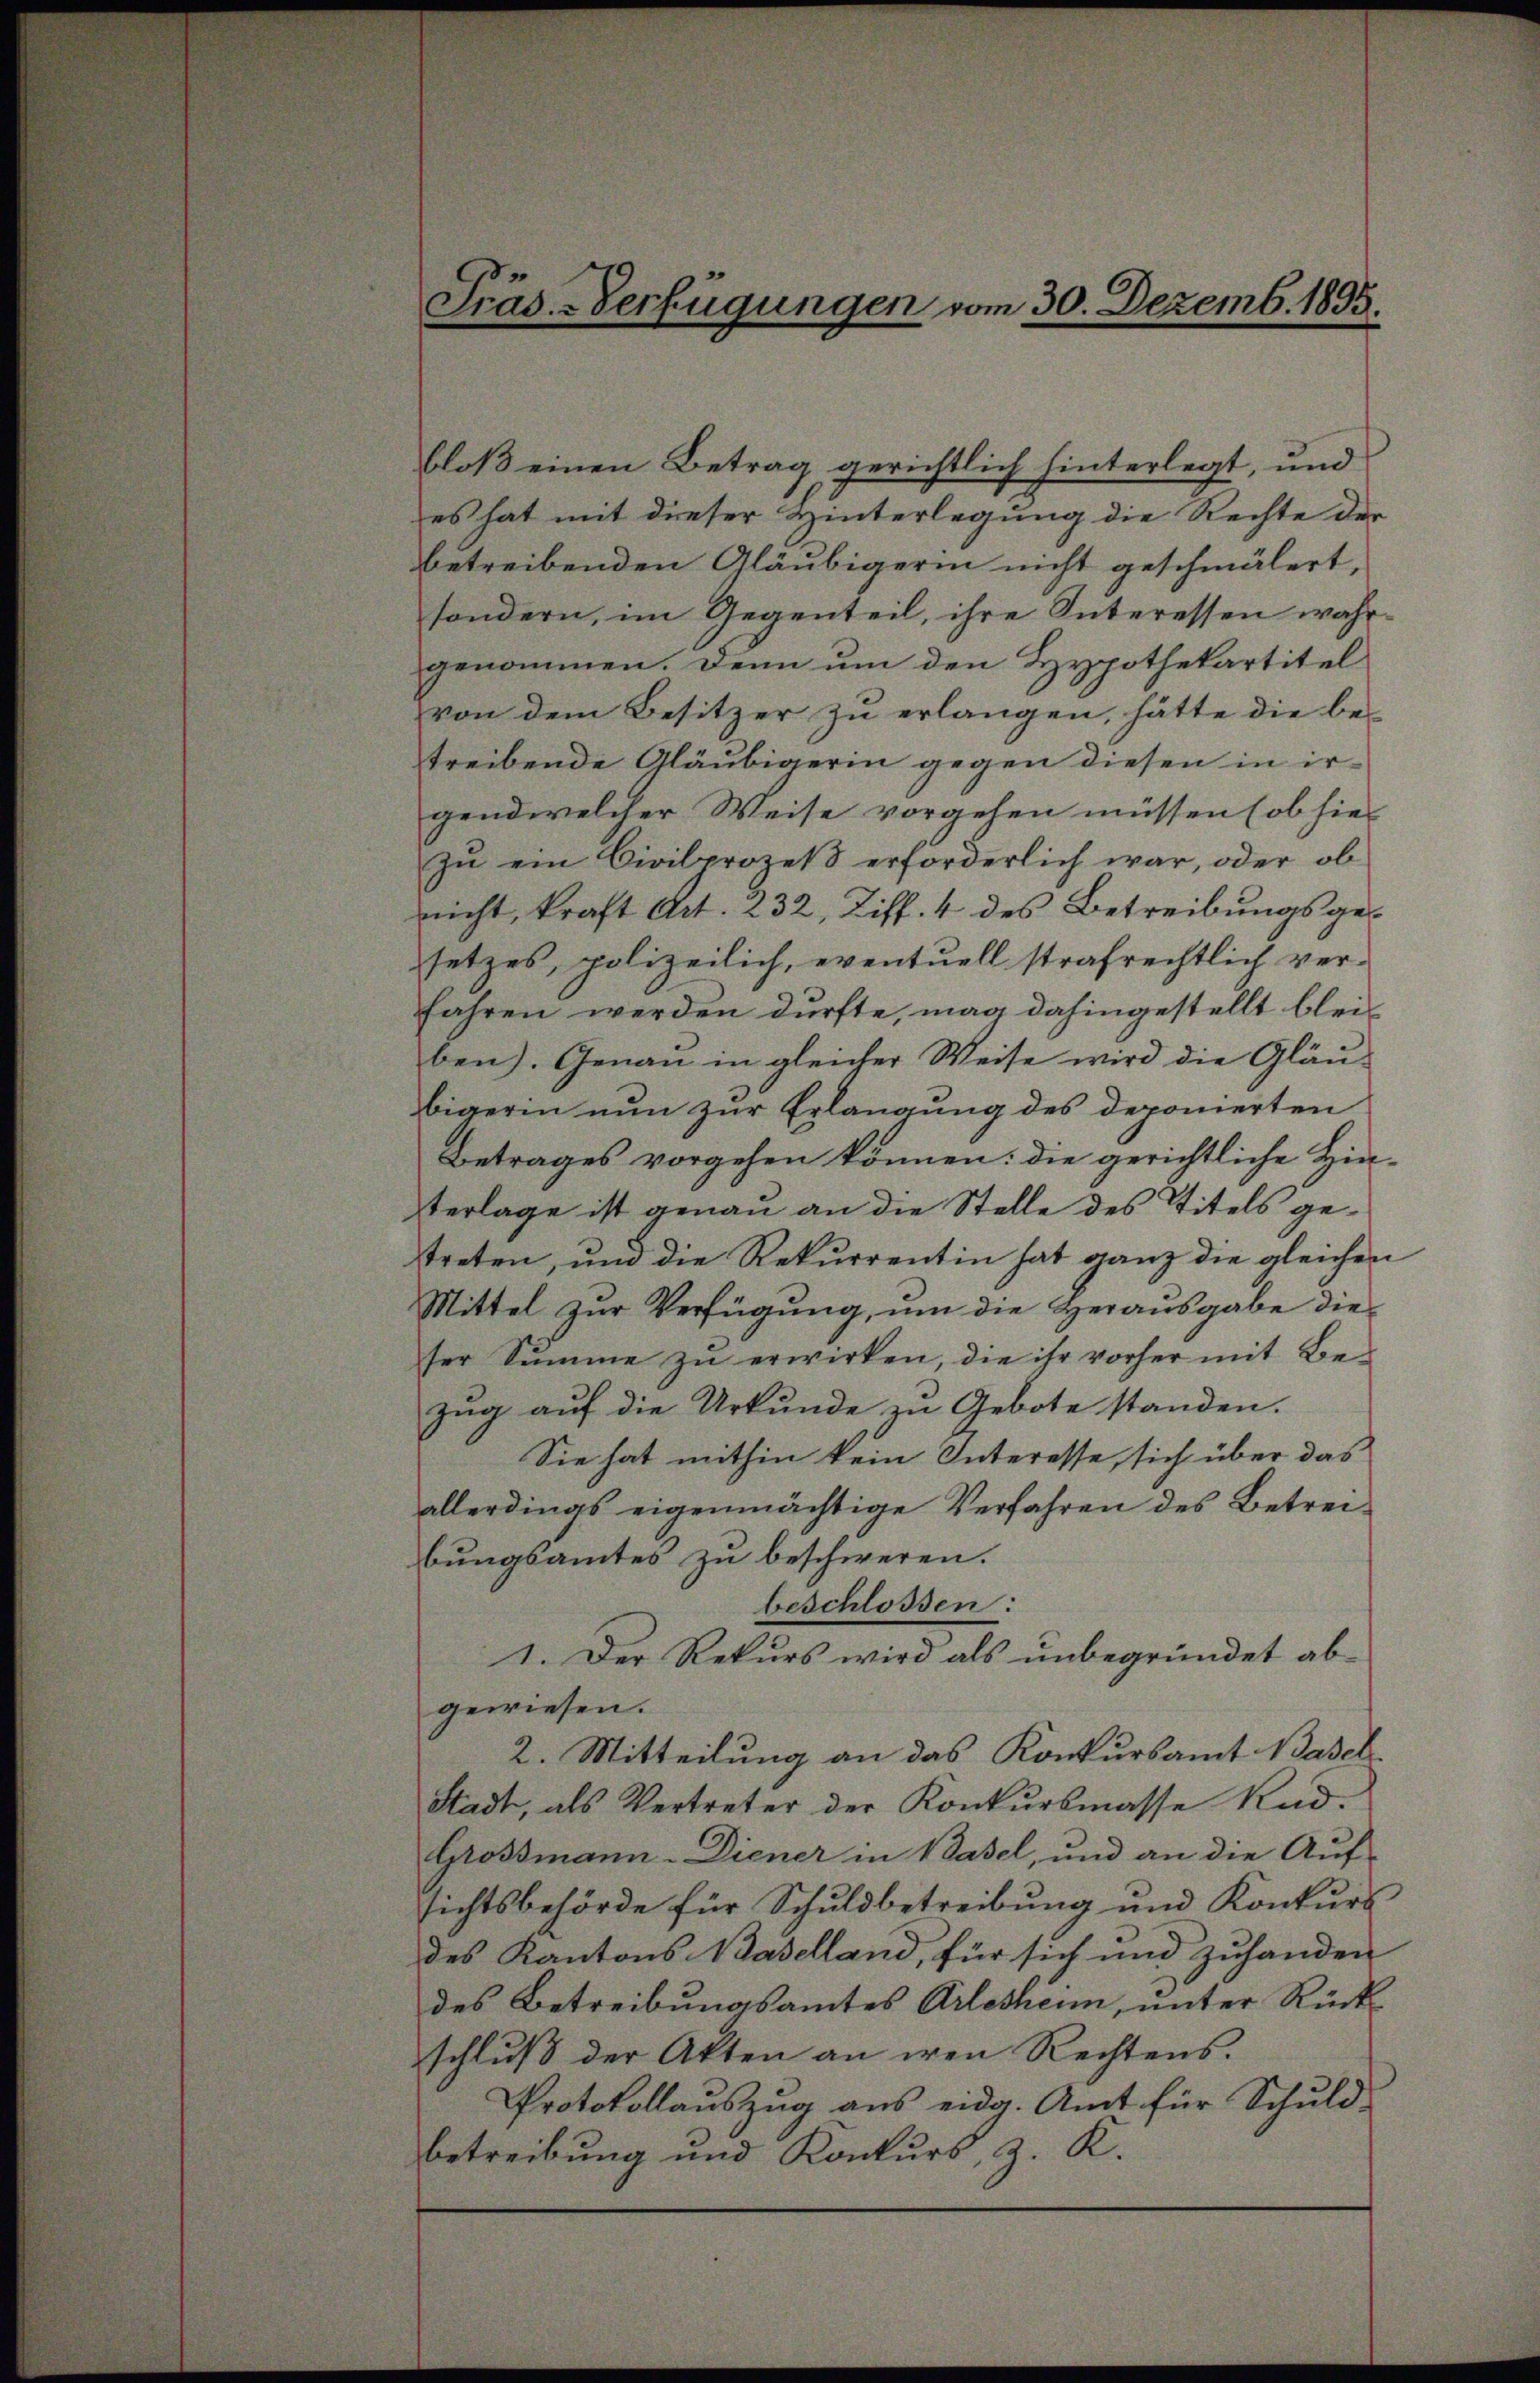
Präs. Verfügungen vom 30. Dezemb. 1895.

bloß einen Betrag gerichtlich hinterlegt, und
es hat mit dieser Hinterlegung die Rechte der
betreibenden Gläubigerin nicht geschmälert,
sondern, im Gegenteil, ihre Interessen wahrgenommen. Denn um den Hypothekartitel
von dem Besitzer zu erlangen, hätte die be-
treibende Gläubigerin gegen diesen in irgend welcher Weise vorgehen müssen (ob hier
zu ein Civilprozeß erforderlich war, oder ob
nicht, kraft Art. 232, Ziff. 4 des Betreibungsgesetzes, polizeilich, eventuell strafrechtlich ver-
fahren werden dürfte, mag dahingestellt bleiben). Genau in gleicher Weise wird die Gläu-
bigerin nun zur Erlangung des deponierten
Betrages vorgehen können: die gerichtliche Hinterlage ist genau an die Stelle des Titels getreten, und die Rekurrentin hat ganz die gleichen
Mittel zur Verfügung, um die Herausgabe dieser Sŭmme zŭ erwirken, die ihr vorher mit Be-
zug auf die Urkunde zu Gebote standen.
Sie hat mithin kein Interesse, sich über das
allerdings eigenmächtige Verfahren des Betreibungsamtes zu beschweren.
beschlossen:
1. Der Rekurs wird als unbegründet abgewiesen.
2. Mitteilung an das Konkursamt Basel
Stadt, als Vertreter der Konkursmasse Rud.
Grossmann-Diener in Basel, und an die Auf-
sichtsbehörde für Schuldbetreibung und Konkurs
des Kantons Baselland, für sich und zuhanden
des Betreibungsamtes Arlesheim, unter Rückschluß der Akten an den Rechtens.
Protokollauszug aus eidg. Amt für Schuld-
betreibung und Konkurs, z. K.